Civil Veterinary Dept. North-West Frontier Province 1901-22 - 1901-1922
Year: 1901
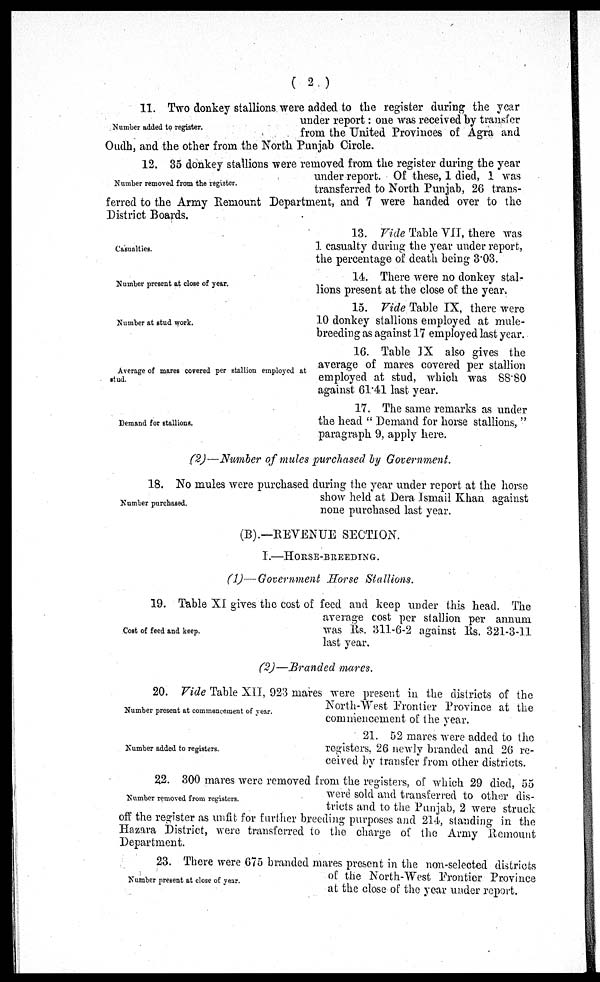
(2)
Number added to register.
11. Two donkey stallions were added to the register during the year
under report: one was received by transfer
from the United Provinces of Agra and
Oudh, and the other from the North Punjab Circle.
Number removed from the register.
12. 35 donkey stallions were removed from the register during the year
under report. Of these, 1 died, 1 was
transferred to North Punjab, 26 trans-
ferred to the Army Remount Department, and 7 were handed over to the
District Boards.
Casualties.
13. Vide Table VII, there was
1 casualty during the year under report,
the percentage of death being 3.03.
Number present at close of year.
14. There were no donkey stal-
lions present at the close of the year.
Number at stud work.
15. Vide Table IX, there were
10 donkey stallions employed at mule-
breeding as against 17 employed last year.
Average of mares covered per stallion employed at
stud.
16. Table IX also gives the
average of mares covered per stallion
employed at stud, which was 88.80
against 61.41 last year.
Demand for stallions.
17. The same remarks as under
the head "Demand for horse stallions,"
paragraph 9, apply here.
(2)—Number of mules purchased by Government.
Number purchased.
18. No mules were purchased during the year under report at the horse
show held at Dera Ismail Khan against
none purchased last year.
(B).—REVENUE SECTION.
I.—HORSE-BREEDING.
(1)—Government Horse Stallions.
Cost of feed and keep.
19. Table XI gives the cost of feed and keep under this head. The
average cost per stallion per annum
was Rs. 311-6-2 against Rs. 321-3-11
last year.
(2)—Branded mares.
Number present at commencement of year.
20. Vide Table XII, 923 mares were present in the districts of the
North-West Frontier Province at the
commencement of the year.
Number added to registers.
21. 52 mares were added to the
registers, 26 newly branded and 26 re-
ceived by transfer from other districts.
Number removed from registers.
22. 300 mares were removed from the registers, of which 29 died, 55
were sold and transferred to other dis-
tricts and to the Punjab, 2 were struck
off the register as unfit for further breeding purposes and 214, standing in the
Hazara District, were transferred to the charge of the Army Remount
Department.
Number present at close of year.
23. There were 675 branded mares present in the non-selected districts
of the North-West Frontier Province
at the close of the year under report.